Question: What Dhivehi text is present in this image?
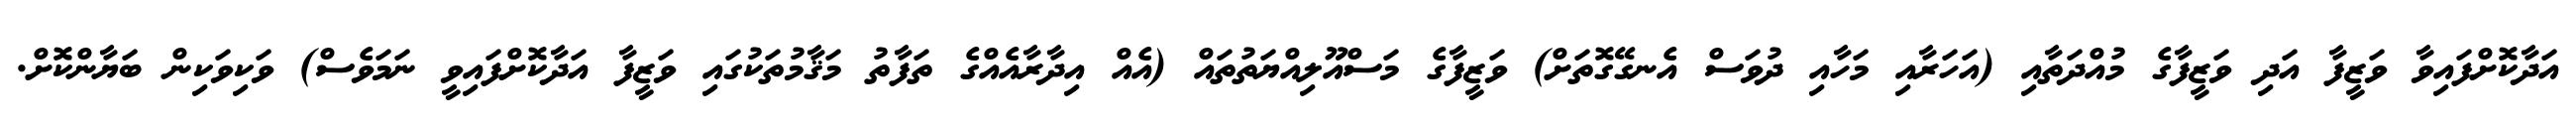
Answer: އަދާކޮށްފައިވާ ވަޒީފާ އަދި ވަޒީފާގެ މުއްދަތާއި (އަހަރާއި މަހާއި ދުވަސް އެނގޭގޮތަށް) ވަޒީފާގެ މަސްއޫލިއްޔަތުތައް (އެއް އިދާރާއެއްގެ ތަފާތު މަޤާމުތަކުގައި ވަޒީފާ އަދާކޮށްފައިވީ ނަމަވެސް) ވަކިވަކިން ބަޔާންކޮށް.